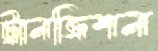
ট্রানজিশন